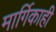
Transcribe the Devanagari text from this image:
मार्गिकाही